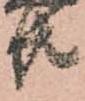
共